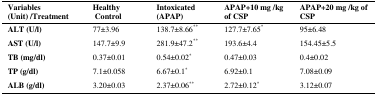
<table><thead><tr><td><b>Variables(Unit) /Treatment</b></td><td><b>Healthy Control</b></td><td><b>Intoxicated (APAP)</b></td><td><b>APAP+10 mg /kg of CSP</b></td><td><b>APAP+20 mg /kg of CSP</b></td></tr></thead><tbody><tr><td><b>ALT (U/l)</b></td><td>77±3.96</td><td>138.7±8.66**</td><td>127.7±7.65*</td><td>95±6.48</td></tr><tr><td><b>AST (U/l)</b></td><td>147.7±9.9</td><td>281.9±47.2**</td><td>193.6±4.4</td><td>154.45±5.5</td></tr><tr><td><b>TB (mg/dl)</b></td><td>0.37±0.01</td><td>0.54±0.02*</td><td>0.47±0.03</td><td>0.4±0.02</td></tr><tr><td><b>TP (g/dl)</b></td><td>7.1±0.058</td><td>6.67±0.1*</td><td>6.92±0.1</td><td>7.08±0.09</td></tr><tr><td><b>ALB (g/dl)</b></td><td>3.20±0.03</td><td>2.37±0.06**</td><td>2.72±0.12*</td><td>3.12±0.07</td></tr></tbody></table>